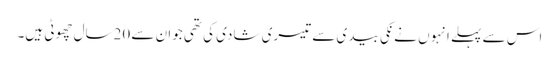
اس سے پہلے انہو ں نے نکی بیدی سے تیسری شادی کی تھی جوان سے 20سال چھوٹی ہیں۔